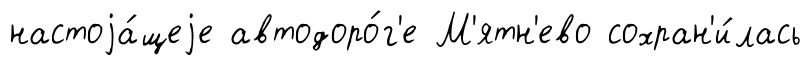
настоjа́щеjе автодоро́г'е М'ятн'ево сохран'и́лась